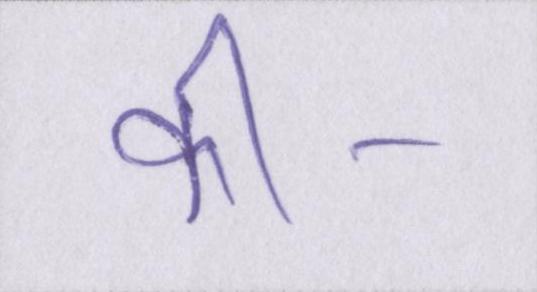
की।